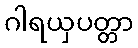
ဂါရယှပတ္တာ